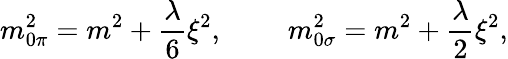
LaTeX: m_{0\pi}^{2}=m^{2}+\frac{\lambda}{6}\xi^{2}\mathrm{,~~~~~~~~~}m_{0\sigma}^{2}=m^{2}+\frac{\lambda}{2}\xi^{2},